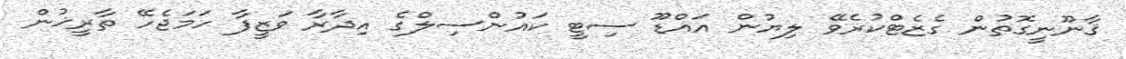
ޤާނޫނީގޮތުން ގެޒެޓްކުރެވޭ ލިޔުން އައްޑޫ ސިޓީ ކައުންސިލްގެ އިދާރާ ވަޒީފާ ހަމަޖެހޭ ތާރީޚުން